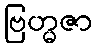
ဗြဟ္မဇာ